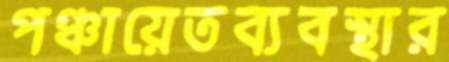
পঞ্চায়েতব্যবস্থার